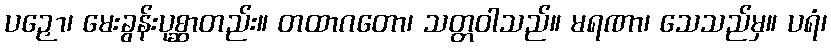
ပဉှော၊ မေးခွန်းပုစ္ဆာတည်း။ တထာဂတော၊ သတ္တဝါသည်။ မရဏာ၊ သေသည်မှ။ ပရံ၊